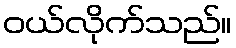
ဝယ်လိုက်သည်။